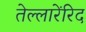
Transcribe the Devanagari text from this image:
तेल्लारेंरिद